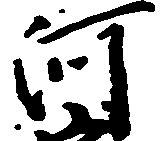
河